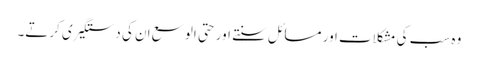
وہ سب کی مشکلات اور مسائل سنتے اور حتی الوسع ان کی دستگیری کرتے۔